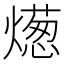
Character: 燪